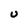
Character: u